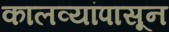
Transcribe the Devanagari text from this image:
कालव्यांपासून